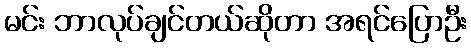
မင်း ဘာလုပ်ချင်တယ်ဆိုတာ အရင်ပြောဦး